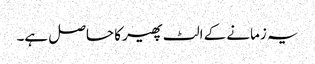
یہ زمانے کے الٹ پھیر کا حاصل ہے۔